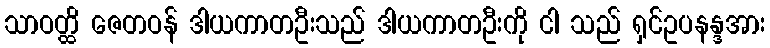
သာဝတ္ထိ ဇေတဝန် ဒါယကာတဦးသည် ဒါယကာတဦးကို ငါ သည် ရှင်ဥပနန္ဒအား